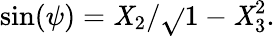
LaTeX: \sin(\psi)=\mathit{X}_{2}/{\sqrt{}{{1-\mathit{X}_{3}^{2}}}}.